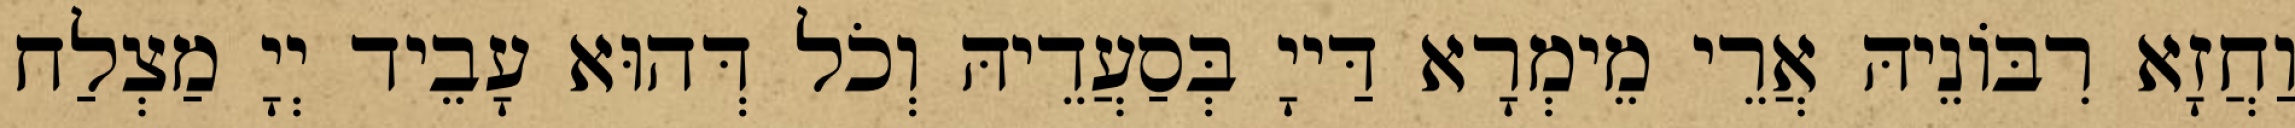
וַחֲזָא רִבּוֹנֵיהּ אֲרֵי מֵימְרָא דַּייָ בְּסַעֲדֵיהּ וְכֹל דְּהוּא עָבֵיד יְיָ מַצְלַח